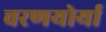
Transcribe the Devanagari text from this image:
चरणयोर्या